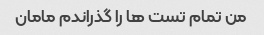
من تمام تست ها را گذراندم مامان